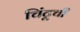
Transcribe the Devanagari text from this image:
चिंटूची